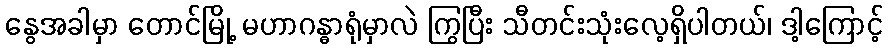
နွေအခါမှာ တောင်မြို့ မဟာဂန္ဓာရုံမှာလဲ ကြွပြီး သီတင်းသုံးလေ့ရှိပါတယ်၊ ဒါ့ကြောင့်